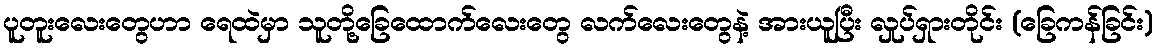
ပူတူးလေးတွေဟာ ရေထဲမှာ သူတို့ခြေထောက်လေးတွေ လက်လေးတွေနဲ့ အားယူပြီး လှုပ်ရှားတိုင်း (ခြေကန်ခြင်း)